Annual report of the Punjab Veterinary College and of the Civil Veterinary Department, Punjab - 1894-1908
Year: 1894
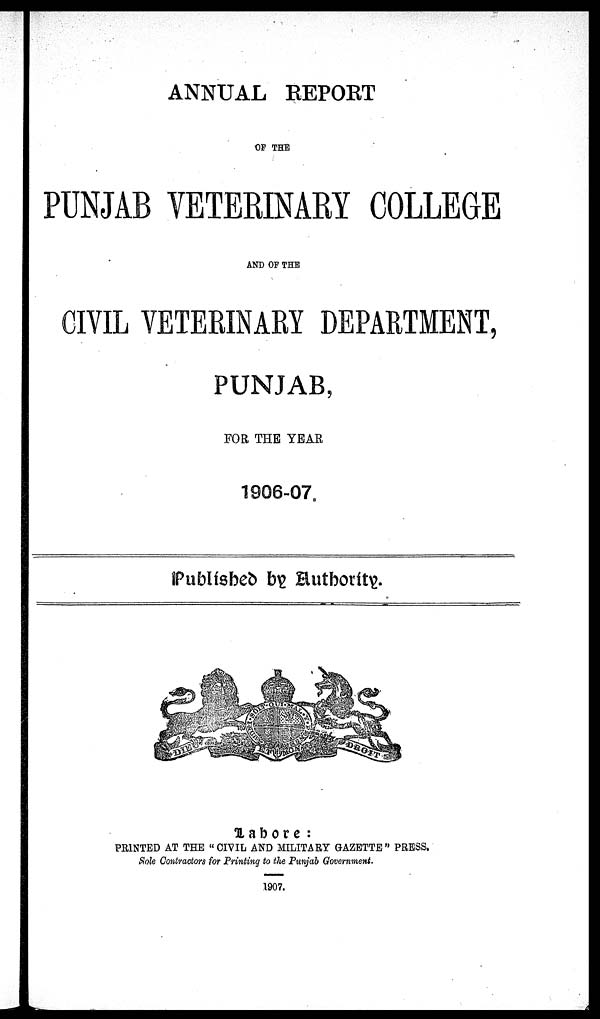
ANNUAL REPORT
OF THE
PUNJAB VETERINARY COLLEGE
AND OF THE
CIVIL VETERINARY DEPARTMENT,
PUNJAB,
FOR THE YEAR
1906-07.
Published by Authority.
Lahore:
PRINTED AT THE "CIVIL AND MILITARY GAZETTE" PRESS.
Sole Contractors for Printing to the Punjab Government.
1907.